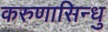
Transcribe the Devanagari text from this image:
करुणासिन्धु